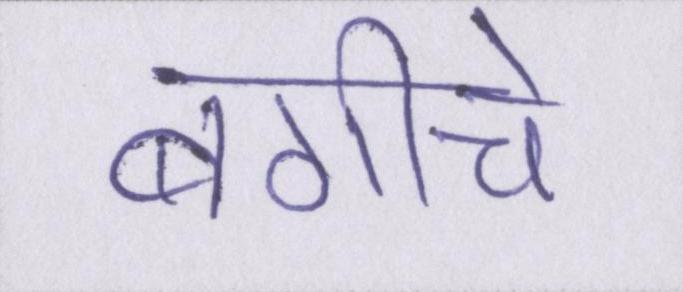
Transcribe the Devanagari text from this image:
बगीचे